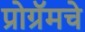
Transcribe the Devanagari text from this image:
प्रोग्रॅमचे